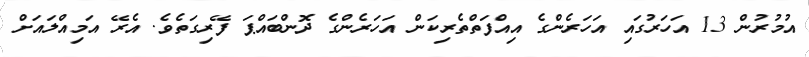
އުމުރުން 13 އަހަރުގައި އަހަރެންގެ އިއްފަތްތެރިކަން އަހަރެންގެ ދޮންބައްޕަ ފޭރިގަތެވެ. އެރޭ އަމިއްލައަށް